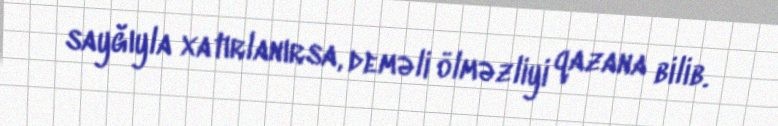
sayğıyla xatırlanırsa, deməli ölməzliyi qazana bilib.